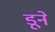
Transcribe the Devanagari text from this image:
डूने